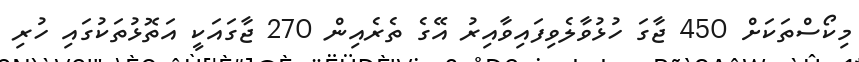
މިކޯސްތަކަށް 450 ޖާގަ ހުޅުވާލެވިފައިވާއިރު އޭގެ ތެރެއިން 270 ޖާގައަކީ އަތޮޅުތަކުގައި ހުރި